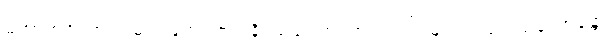
မဟာရာဇ၊ အရှင်မင်းမြတ်။ ဣဒါနိ၊ ယခု။ တွံ၊ အရှင်မင်းမြတ်သည်။ သက္ကောန္တော၊